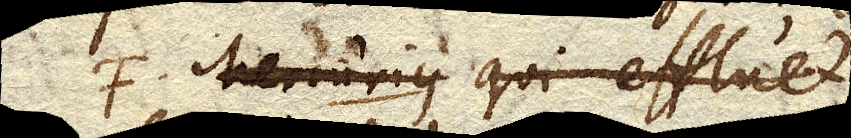
F Mercurius, qui effluet,